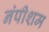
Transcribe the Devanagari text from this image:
नंपीशम